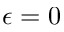
\epsilon = 0